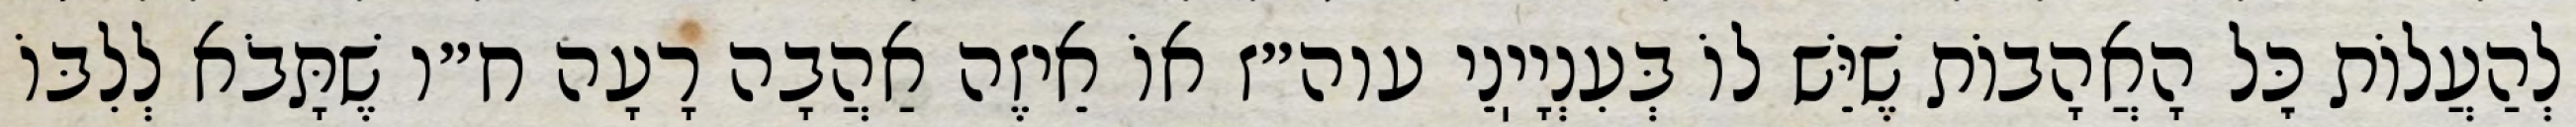
לְהַעֲלוֹת כׇּל הָאֲהָבוֹת שֶׁיֵּשׁ לוֹ בְּעִנְיָיֽנֵי עוה״ז אוֹ אֵיזֶה אַהֲבָה רָעָה ח״ו שֶׁתָּבֹא לְלִבּוֹ